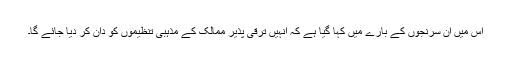
اس میں ان سرنجوں کے بارے میں کہا گیا ہے کہ انہیں ترقی پذیر ممالک کے مذہبی تنظیموں کو دان کر دیا جائے گا۔